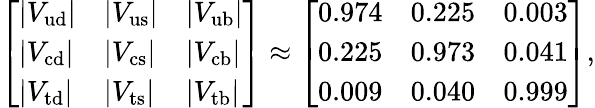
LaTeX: {\left[\begin{array}{lll}{|V_{\mathrm{ud}}|}&{|V_{\mathrm{us}}|}&{|V_{\mathrm{ub}}|}\\ {|V_{\mathrm{cd}}|}&{|V_{\mathrm{cs}}|}&{|V_{\mathrm{cb}}|}\\ {|V_{\mathrm{td}}|}&{|V_{\mathrm{ts}}|}&{|V_{\mathrm{tb}}|}\end{array}\right]}\approx{\left[\begin{array}{lll}{0.974}&{0.225}&{0.003}\\ {0.225}&{0.973}&{0.041}\\ {0.009}&{0.040}&{0.999}\end{array}\right]},